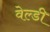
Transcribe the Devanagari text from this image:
वेल्डी